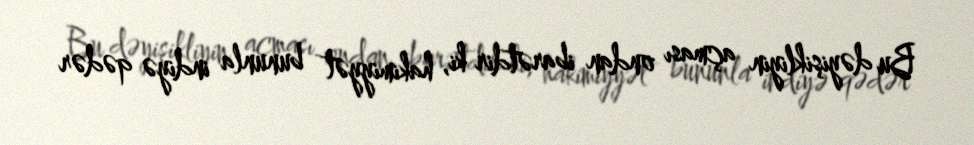
Bu dəyişikliyin açması ondan ibarətdir ki, hakimiyyət bununla indiyə qədər